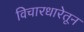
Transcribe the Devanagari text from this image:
विचारधारेतून